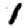
Digit: 1